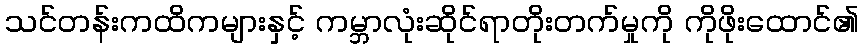
သင်တန်းကထိကများနှင့် ကမ္ဘာလုံးဆိုင်ရာတိုးတက်မှုကို ကိုဖိုးထောင်၏